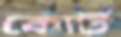
কোর্ট